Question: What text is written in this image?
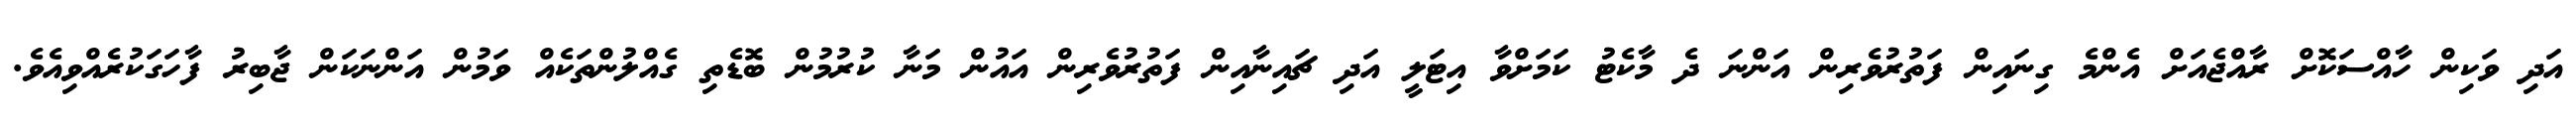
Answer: އަދި ވަކިން ހާއްސަކޮށް ރާއްޖެއަށް އެންމެ ގިނައިން ފަތުރުވެރިން އަންނަ ދެ މާކެޓު ކަމަށްވާ އިޓަލީ އަދި ޗައިނާއިން ފަތުރުވެރިން އައުން މަނާ ކުރުމުން ބޮޑެތި ގެއްލުންތަކެއް ވަމުން އަންނަކަން ޖާބިރު ފާހަގަކުރެއްވިއެވެ.